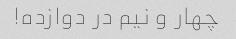
چهار و نیم در دوازده!